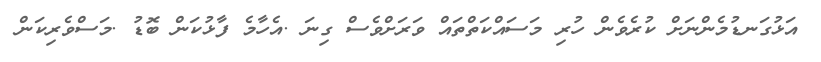
އަޅުގަނޑުމެންނަށް ކުރެވެން ހުރި މަސައްކަތްތައް ވަރަށްވެސް ގިނަ .އެހާމެ ފާޅުކަން ބޮޑު .މަސްވެރިކަން